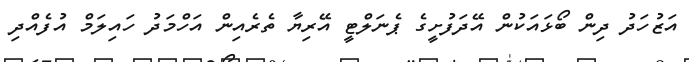
އަޒުހަދު ދިން ބޯޅައަކުން އޭދަފުށީގެ ޕެނަލްޓީ އޭރިޔާ ތެރެއިން އަހްމަދު ހައިލަމް އުފެއްދި